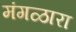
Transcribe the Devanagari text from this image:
मंगळारा